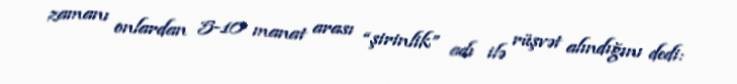
zamanı onlardan 5-10 manat arası “şirinlik” adı ilə rüşvət alındığını dedi: